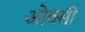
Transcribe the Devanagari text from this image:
ओक्सी